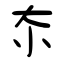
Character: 夵